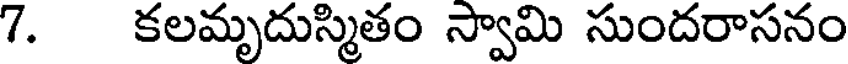
7. కలమృదుస్మితం స్వామి సుందరాసనం